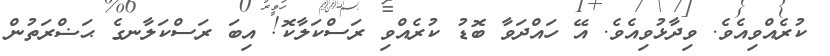
ކުރެއްވިއެވެ. ވިދާޅުވިއެވެ. އޭ ހައްދަވާ ބޮޑު ކުރެއްވި ރަސްކަލާކޮ! އިބަ ރަސްކަލާނގެ ޙަޟްރަތުން